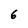
Character: 6